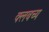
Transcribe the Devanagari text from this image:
क्लबच्य